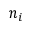
n _ { i }